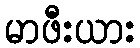
မာဖီးယား